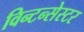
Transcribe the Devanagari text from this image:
विन्टन्सेस्टर